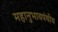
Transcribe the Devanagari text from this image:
महानुभावपंथीय